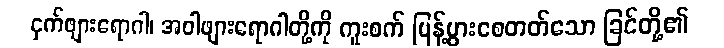
ငှက်ဖျားရောဂါ၊ အဝါဖျားရောဂါတို့ကို ကူးစက် ပြန့်ပွားစေတတ်သော ခြင်တို့၏